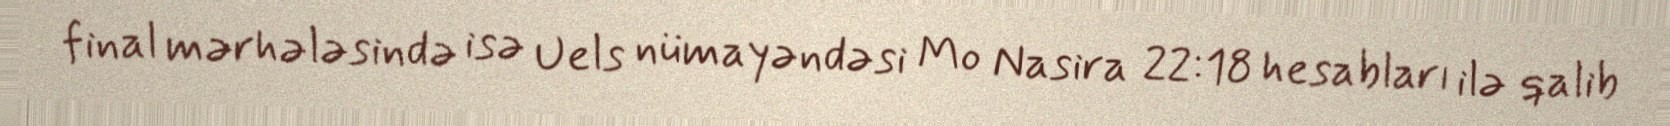
final mərhələsində isə Uels nümayəndəsi Mo Nasira 22:18 hesabları ilə qalib